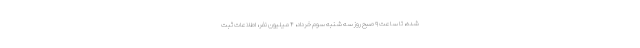
شده، تا ساعت ۹ صبح روز سه شنبه سوم خرداد، ۴ میلیون نفر، اطلاعات ثبت